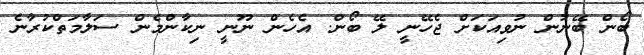
ބޯން ބޭނުން ނުވިއަކަށް ޖެހޭނީ ލޭ ބޯން. އެހެން ނޫނީ ނިކާންމެން ސަލާމަތްކުރާނެ